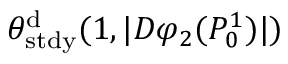
\theta _ { \mathrm { s t d y } } ^ { \mathrm { d } } ( 1 , | D \varphi _ { 2 } ( P _ { 0 } ^ { 1 } ) | )